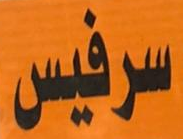
سرفيس